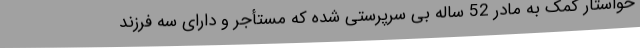
خواستار کمک به مادر 52 ساله بی سرپرستی شده که مستأجر و دارای سه فرزند